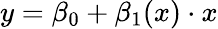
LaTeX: y=\beta_{0}+\beta_{1}(x)\cdot x